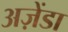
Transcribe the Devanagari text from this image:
अज़ेंडा